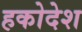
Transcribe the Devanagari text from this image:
हकोदेश